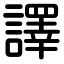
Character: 譯